Report of the King Institute of Preventive Medicine, Guindy
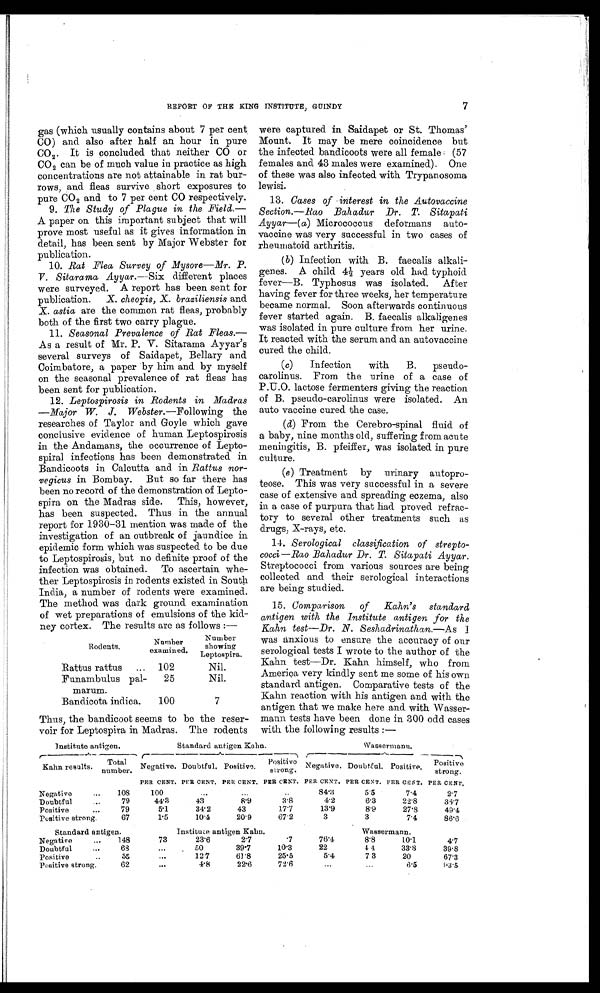
7
REPORT OF THE KING INSTITUTE, GUINDY
gas (which usually contains about 7 per cent
CO) and also after half an hour in pure
CO 2 . It is concluded that neither CO or
CO
2
can be of much value in practice as high
concentrations are not attainable in rat bur
-
rows, and fleas survive short exposures to
pure CO
2
and to 7 per cent CO respectively.
9. The Study of Plague in the Field.—
A paper on this important subject that will
prove most useful as it gives information in
detail, has been sent by Major Webster for
publication.
10. Rat Flea Survey of Mysore—Mr. P.
V. Sitarama Ayyar .—Six different places
were surveyed. A report has been sent for
publication.
X. cheopis, X. braziliensis and
X. astia are the common rat fleas, probably
both of the first two carry plague.
11. Seasonal Prevalence of Rat Fleas.
—
As a result of Mr. P. V. Sitarama Ayyar's
several surveys of Saidapet, Bellary and
Coimbatore, a paper by him and by myself
on the seasonal prevalence of rat fleas has
been sent for publication.
12. Leptospirosis in Rodents in Madras
— M a j o r W . J . W e b s t e r
. — F o l l o w i n g t h e
researches of Taylor and Goyle which gave
conclusive evidence of human Leptospirosis
in the Andamans, the occurrence of Lepto-
spiral infections has been demonstrated in
Bandicoots in Calcutta and in Rattus nor
-
vegicus in Bombay. But so far there has
been no record of the demonstration of Lepto
-
spira on the Madras side. This, however,
has been suspected. Thus in the annual
report for 1930-31 mention was made of the
investigation of an outbreak of jaundice in
epidemic form which was suspected to be due
to Leptospirosis, but no definite proof of the
infection was obtained. To ascertain whe
-
ther Leptospirosis in rodents existed in South
India, a number of rodents were examined.
The method was dark ground examination
of wet preparations of emulsions of the kid-
- n e y c o r t e x . T h e r e s u l t s a r e a s f o l l o w s : —
Rodents.
Number
examined.
Number
showing
Leptospira.
Rattus rattus . . .
102
Nil.
Funambulus pal-
marum.
25
Nil.
Bandicota indica.
100
7
Thus, the bandicoot seems to be the reser
-
voir for Leptospira in Madras. The rodents
were captured in Saidapet or St. Thomas'
Mount. It may be mere coincidence but
the infected bandicoots were all female (57
females and 43 males were examined). One
of these was also infected with Trypanosoma
lewisi.
13. Cases of interest in the Autovaccine
Section.—Rao Bahadur Dr. T. Sitapati
Ayyar—( a) Micrococcus deformans auto
-
vaccine was very successful in two cases of
rheumatoid arthritis.
(b) Infection with B. faecalis alkali
-
genes. A child 4½ years old had typhoid
fever—B. Typhosus was isolated. After
having fever for three weeks, her temperature
became normal. Soon afterwards continuous
fever started again. B. faecalis alkaligenes
was isolated in pure culture from her urine.
It reacted with the serum and an autovaccine
cured the child.
(c)
Infection with B. pseudo
-
carolinus. From the urine of a case of
P.U.O. lactose fermenters giving the reaction
of B. pseudo-carolinus were isolated. An
auto vaccine cured the case.
(d)
From the Cerebro-spinal fluid of
a baby, nine months old, suffering from acute
meningitis, B. pfeiffer, was isolated in pure
culture.
(e) Treatment by urinary autopro
-
teose. This was very successful in a severe
case of extensive and spreading eczema, also
in a case of purpura that had proved refrac
-
tory to several other treatments such as
drugs, X-- r a y s , e t c .
14. Serological classification of strepto
-
cocci— Rao Bahadur Dr. T. Sitapati Ayyar.
Streptococci from various sources are being
collected and their serological interactions
are being studied.
15. Comparison of Kahn's standard
antigen with the Institute antigen for the
Kahn test—Dr. N. Seshadrinathan.— As I
was anxious to ensure the accuracy of our
serological tests I wrote to the author of the
Kahn test—Dr. Kahn himself, who from
America very kindly sent me some of his own
standard antigen. Comparative tests of the
Kahn reaction with his antigen and with the
antigen that we make here and with Wasser
-
mann tests have been done in 300 odd cases
with the following results :—
Institute antigen.
Standard antigen Kahn.
Wassermann.
Kahn results.
Total
number. Negative. Doubtful. Positive. Positive
strong Negative. Doubtful. Positive. Positive
strong.
PER CENT. PER CENT. PER CENT. PER CENT. PER CENT. PER CENT. PER CENT. PER CENT.
Negative . . .
108
100
. . .
. . .
. . .
84.3
5.5
7.4
2.7
Doubtful . . .
79
44.3
43
8.9
3.8
4.2
6.3
22.8
36.7
Positive . . .
79
5.1
34.2
43
17.7
13.9
8.9
27.8
49.4
Positive strong.
67
1.5
10.4
20.9
67.2
3
3
7.4
86.6
Standard antigen.
Institute antigen Kahn.
Wassermann.
Negative . . .
148
73
23.6
2.7
7
76.4
8.8
10.1
4.7
Doubtful . . .
68
. . . 50
39.7
10.3
22
4 4 33.8
39.8
Positive . . .
55
. . . 12.7
61.8
25.5
5.4
73
20
67.3
Positive strong.
62
. . . 4.8
22.6
72.6
. . .
. . . 6.5
93.5